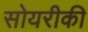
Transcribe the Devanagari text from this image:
सोयरीकी